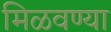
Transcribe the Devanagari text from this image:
मिळवण्या